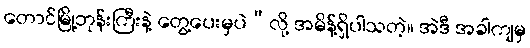
တောင်မြို့ဘုန်းကြီးနဲ့ တွေ့ပေးမှပဲ”လို့ အမိန့်ရှိပါသတဲ့။ အဲဒီ အခါကျမှ